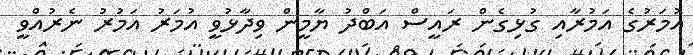
އުމަރުގެ އަމުރާއި ގުޅިގެން ރައީސް އަބްދު ޔާމީން ވިދާޅުވީ އުމަރު އަމުރު ނެރުއްވީ